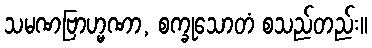
သမဏဗြာဟ္မဏာ, စက္ခုသောတံ စသည်တည်း။